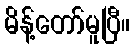
မိန့်တော်မူပြီ။